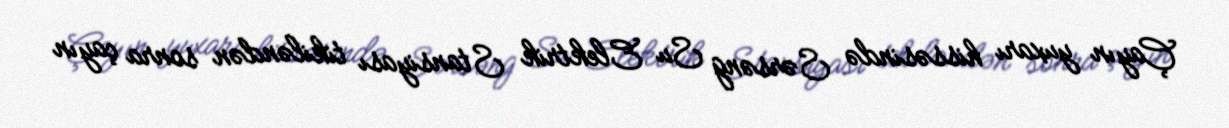
Çayın yuxarı hissəsində Sərsəng Su Elektrik Stansiyası tikiləndən sonra çayın